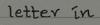
letter in